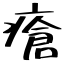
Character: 瘡